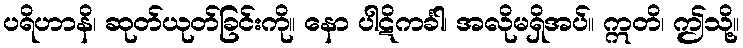
ပရိဟာနိ၊ ဆုတ်ယုတ်ခြင်းကို။ နော ပါဋိကင်္ခါ၊ အလိုမရှိအပ်။ ဣတိ၊ ဤသို့။